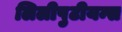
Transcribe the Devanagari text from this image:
लिलीपुटीयन्स